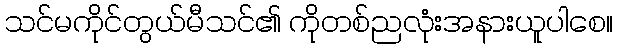
သင်မကိုင်တွယ်မီသင်၏ ကိုတစ်ညလုံးအနားယူပါစေ။